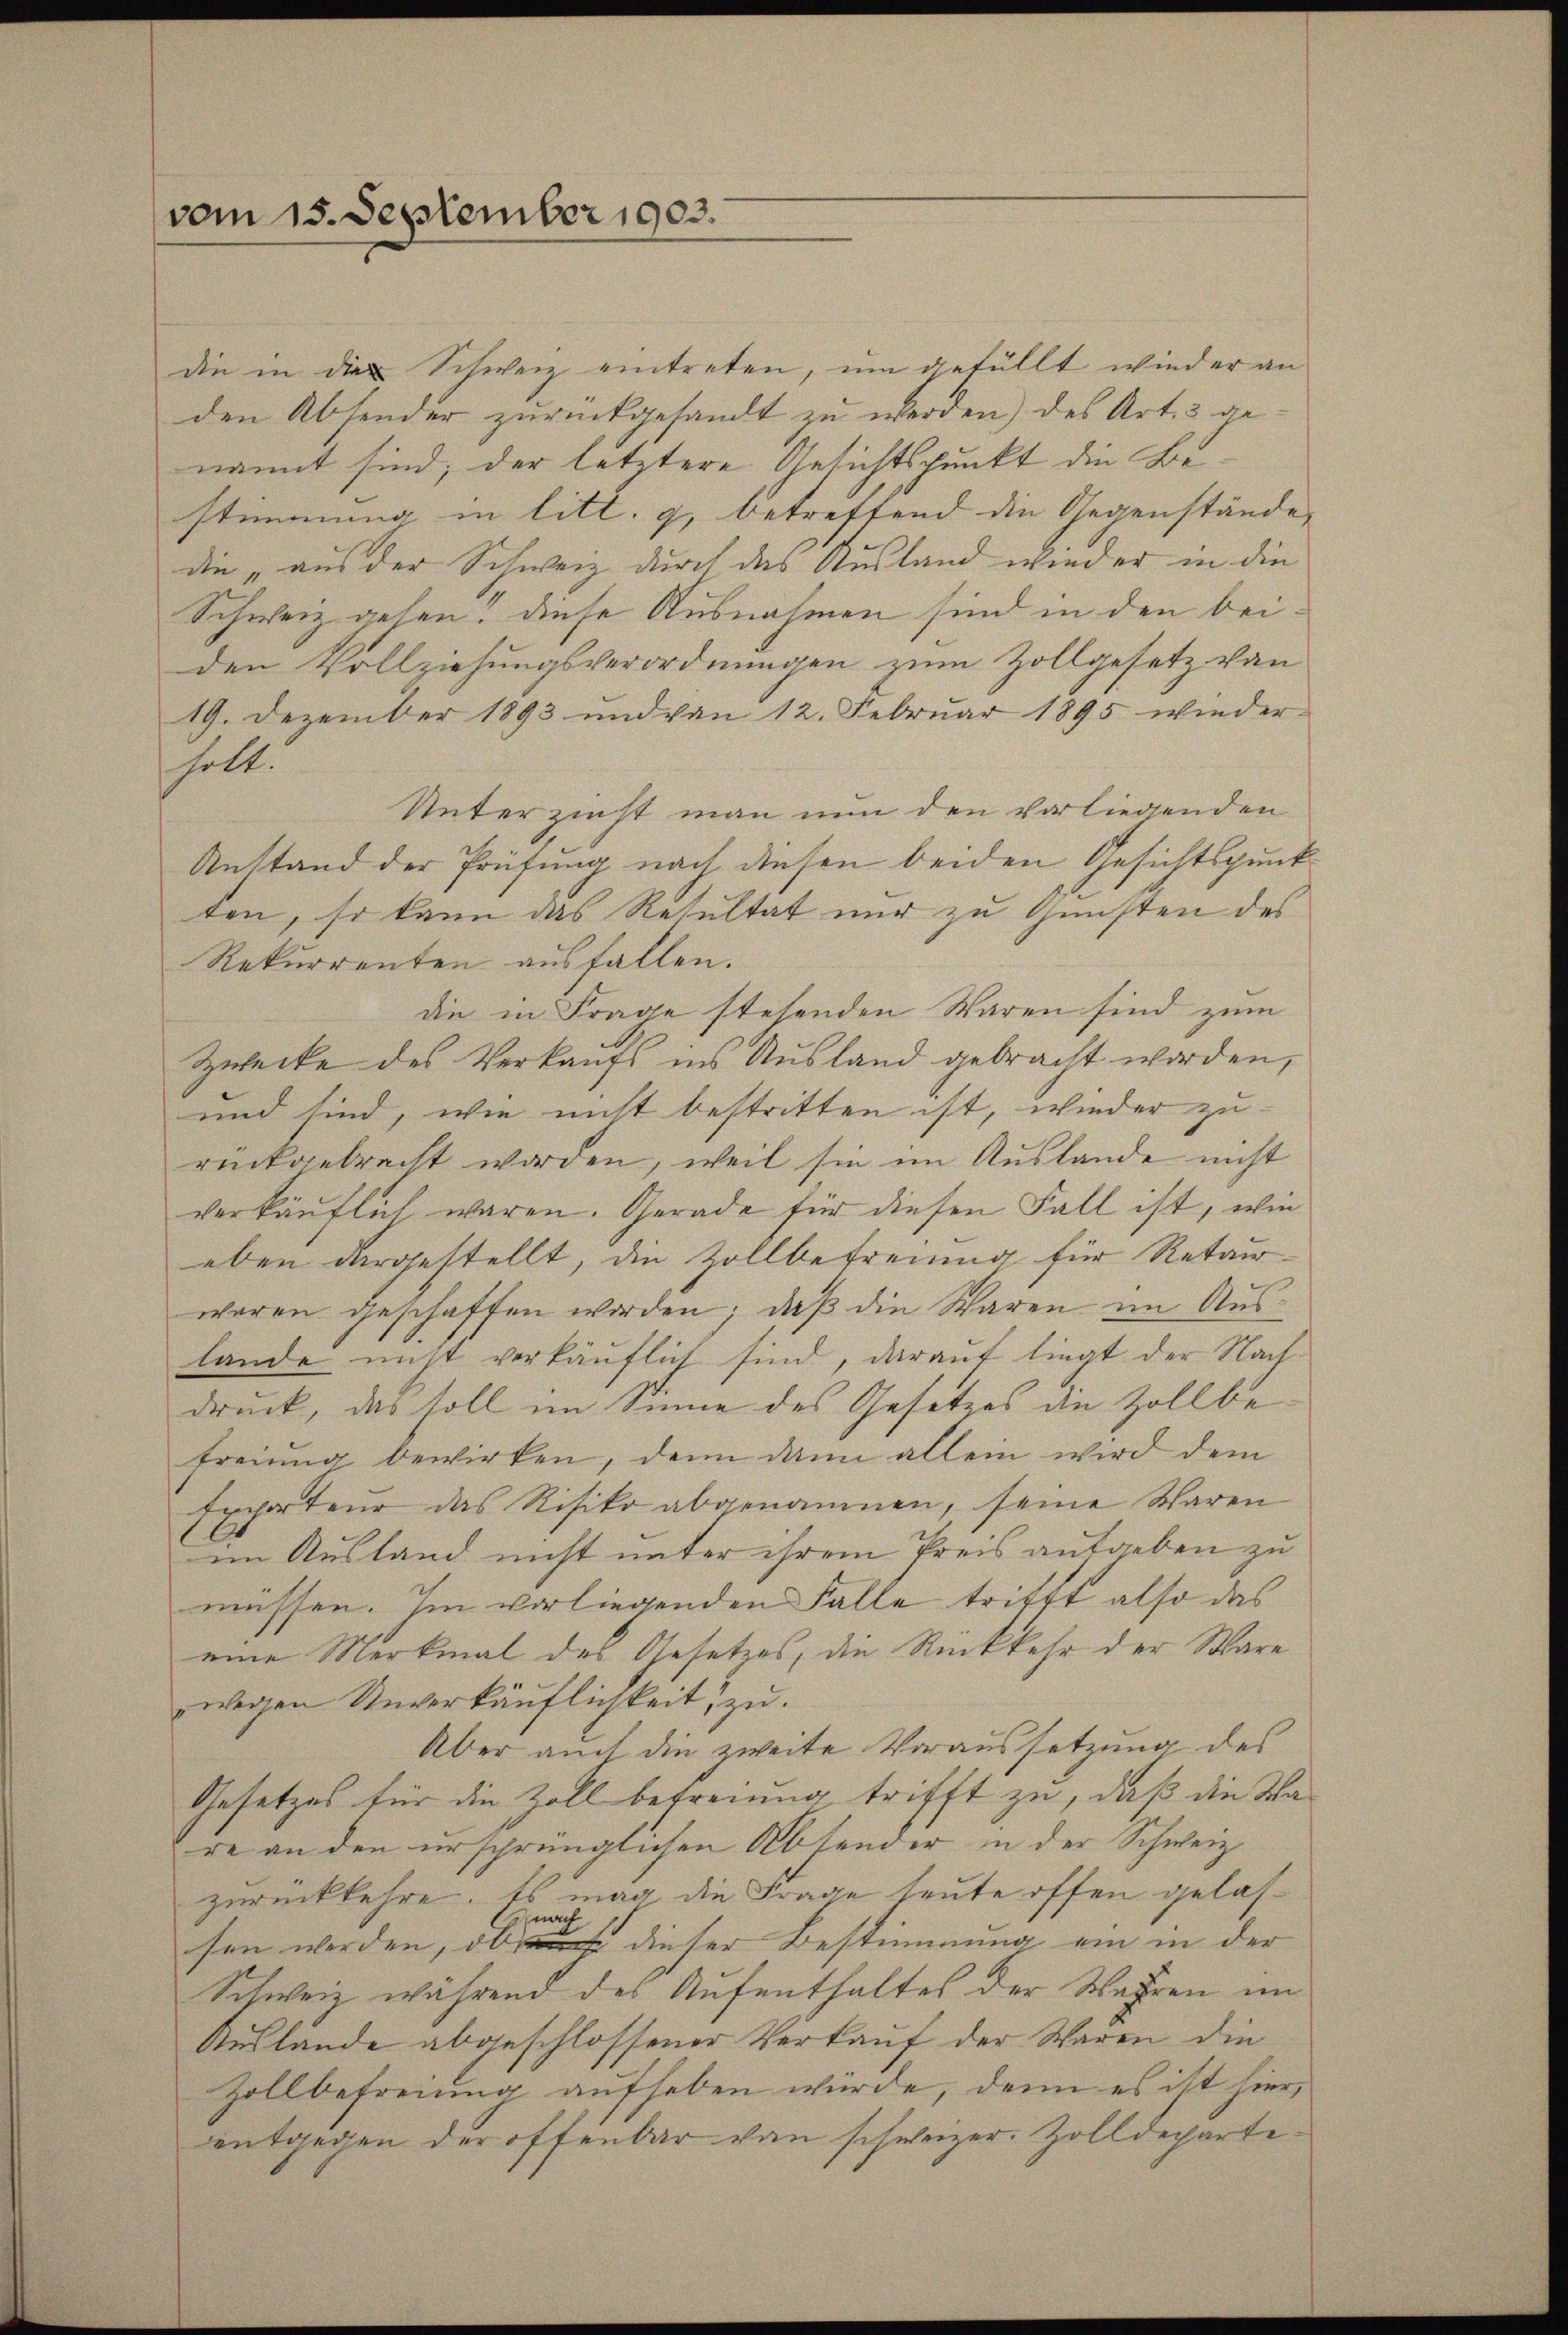
vom 15. September 1903.

die in die Schweiz eintreten, um gefällt wieder an
den Absonder zurückgesandt zu werden) des Art. 3 genannt sind; der letztere Gesichtspunkt die Bestimmung in litt. g, betreffend die Gegenstände,
die „aus der Schweiz durch das Ausland wieder in die
Schweiz gehen! Diese Ausnahmen sind in den beiden Vollziehungsverordnungen zum Zollgesetz von
19. Dezember 1893 und von 12. Febrŭar 1895 wieder
holt.
Unterzinst man nun den vorliegenden
Anstand der Prüfung nach diesen beiden Gesichtspunkten, so kann das Resultat nur zu Gunsten des
Rekurrenten ausfallen.
die in Frage stehenden Waren sind zum
Zwecke des Verkaufs ins Ausland gebracht worden,
und sind, wie nicht bestritten ist, wieder zurückgebracht worden, weil sie im Auslande nicht
verkäuflich waren. Gerade für diesen Fall ist, wie
eben dargestellt, die Zollbefreiung für Retour
waren geschaffen worden; daß die Waren im Auslande nicht verkäuflich sind, darauf liegt der Nachdruck, das soll im Sinne des Gesetzes die Zollbefreiung bewirken, denn dann allein wird dem
Exporteur das Risiko abgenommen, seine Waren
im Ausland nicht unter ihrem Preis aufgeben zu
müssen. Im vorliegenden Falle trifft also das
eine Merkmal des Gesetzes, die Rückkehr der Ware
wegen Unverkäŭflichkeit zu.
Aber auch die zweite Voraussetzung des
Gesetzes für die Zoll betreiung, trifft zu, daß die Ware an den ersprünglichen Absonder in der Schweiz.
zurückkehre. Es mag die Frage heute offen gelas¬
 nach
sen werden, ob dieser Bestimmung ein in der
Schweiz während des Aufenthaltes der Wahren im
Auslande abgeschlossener Verkauf der Waren die
Zollbefreiung aufheben würde, denn es ist hier,
entgegen der offenbar von schweizer. Zolldeparte¬